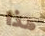
هذا